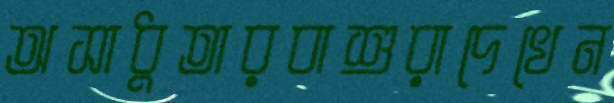
অসাধুতারবাশুরাদেখেন